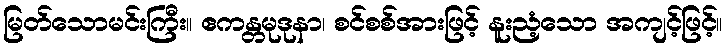
မြတ်သောမင်းကြီး။ ဧကန္တမုဒုနာ၊ စင်စစ်အားဖြင့် နူးညံ့သော အကျင့်ဖြင့်။